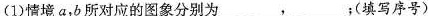
(1)情境a，b所对应的图象分别为___，___；(填写序号)